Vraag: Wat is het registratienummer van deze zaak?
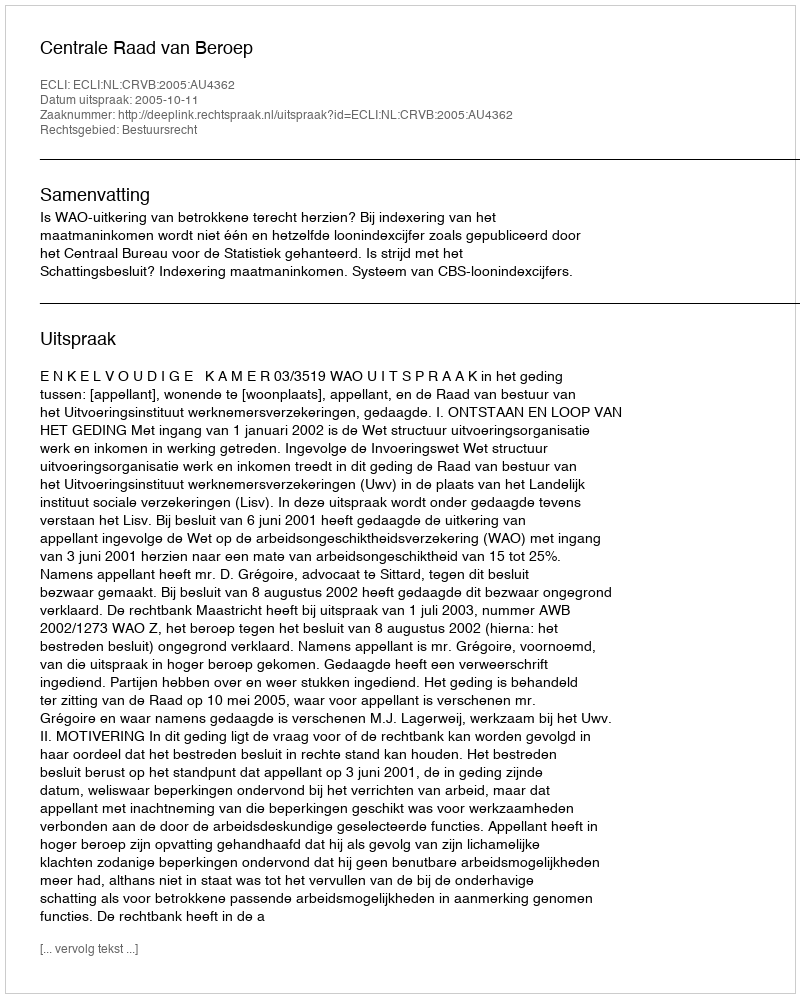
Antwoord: http://deeplink.rechtspraak.nl/uitspraak?id=ECLI:NL:CRVB:2005:AU4362